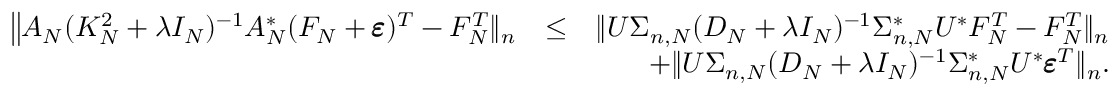
\begin{array} { r l r } { \big \| A _ { N } ( K _ { N } ^ { 2 } + \lambda I _ { N } ) ^ { - 1 } A _ { N } ^ { * } ( F _ { N } + \pmb \varepsilon ) ^ { T } - F _ { N } ^ { T } \| _ { n } } & { \leq } & { \| U \Sigma _ { n , N } ( D _ { N } + \lambda I _ { N } ) ^ { - 1 } \Sigma _ { n , N } ^ { * } U ^ { * } F _ { N } ^ { T } - F _ { N } ^ { T } \| _ { n } } \\ & { } & { + \| U \Sigma _ { n , N } ( D _ { N } + \lambda I _ { N } ) ^ { - 1 } \Sigma _ { n , N } ^ { * } U ^ { * } \pmb \varepsilon ^ { T } \| _ { n } . } \end{array}